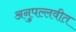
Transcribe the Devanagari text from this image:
अनुपल्लवीत